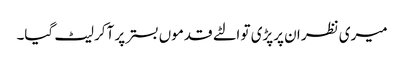
میری نظر ان پرپڑی تو الٹے قدموں بستر پر آکر لیٹ گیا۔